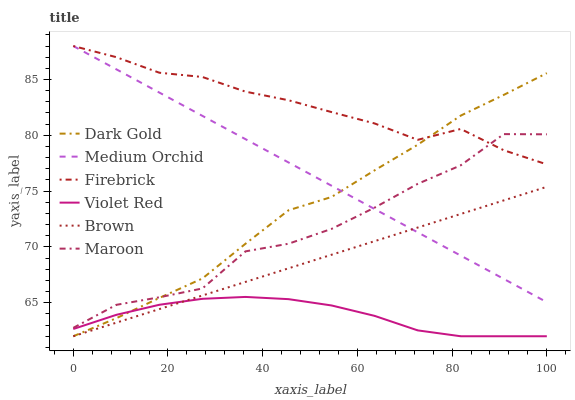
| xaxis_label | Dark Gold | Medium Orchid | Firebrick | Violet Red | Brown | Maroon |
 | --- | --- | --- | --- | --- | --- | --- |
 | 0 | 62 | 88 | 88 | 62.6 | 62 | 62.8 |
 | 9.09 | 63.6 | 85.9 | 87 | 63.9 | 63.2 | 64.8 |
 | 18.2 | 65.4 | 83.8 | 85.6 | 64.8 | 64.4 | 65.5 |
 | 27.3 | 67.2 | 81.7 | 85.2 | 65.4 | 65.7 | 66.3 |
 | 36.4 | 70.3 | 79.7 | 83.9 | 65.5 | 66.9 | 69.6 |
 | 45.5 | 73.3 | 77.6 | 83.1 | 65.3 | 68.1 | 70.3 |
 | 54.5 | 74.5 | 75.5 | 82.1 | 64.8 | 69.3 | 71.6 |
 | 63.6 | 76.9 | 73.4 | 81.1 | 63.8 | 70.5 | 73.5 |
 | 72.7 | 79.2 | 71.3 | 79.6 | 62.5 | 71.7 | 75.7 |
 | 81.8 | 81.8 | 69.2 | 80.6 | 62 | 73 | 77.3 |
 | 90.9 | 83.6 | 67.1 | 78.7 | 62 | 74.2 | 80.1 |
 | 100 | 85.6 | 65.1 | 77.4 | 62 | 75.4 | 80.1 |